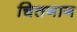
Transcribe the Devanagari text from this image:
चितगाग